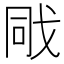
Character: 戙